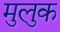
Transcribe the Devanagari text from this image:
मुलुक